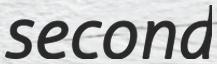
second